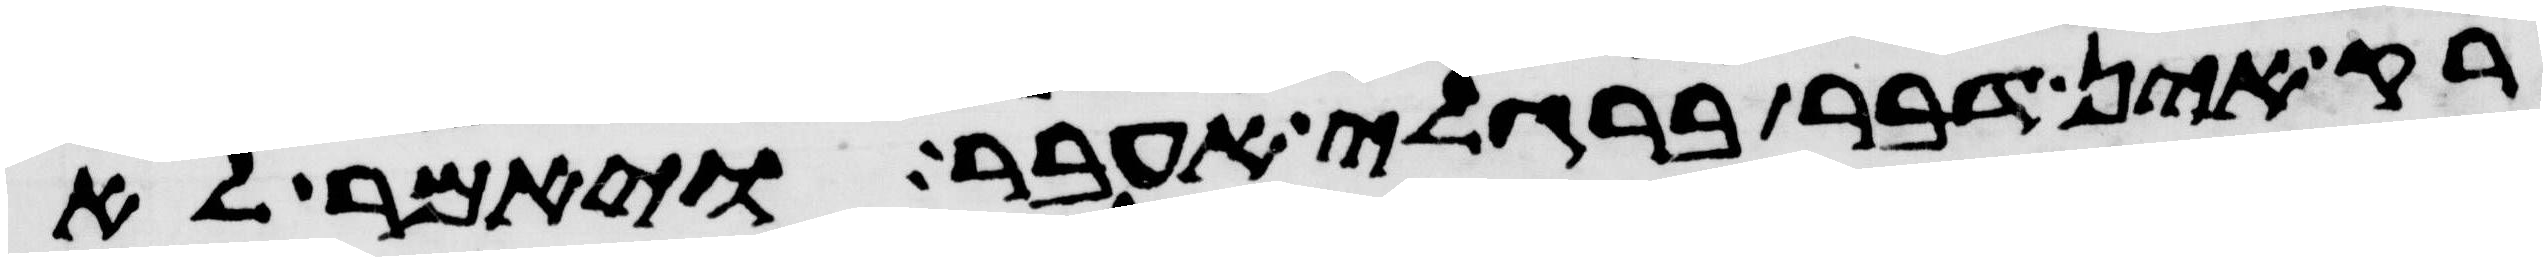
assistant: רק אין דבר ברגלי אעבר ויאמר לא